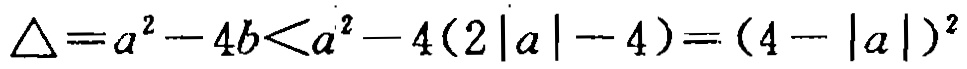
\(\triangle =a^{2}-4b<a^{2}-4(2|a|-4)=(4 - |a|)^{2}\)